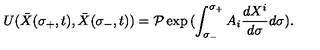
U ( { \bar { X } } ( \sigma _ { + } , t ) , { \bar { X } } ( \sigma _ { - } , t ) ) = { \cal P } \exp { ( \int _ { \sigma _ { - } } ^ { \sigma _ { + } } A _ { i } { \frac { d X ^ { i } } { d \sigma } } d \sigma ) } .